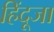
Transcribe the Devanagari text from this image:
हिंदूजा